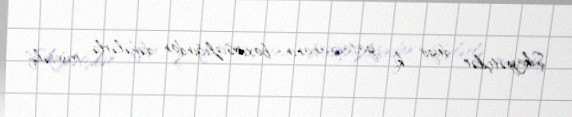
Şikayətçilər deyir ki, yataqxananın baxımsızlığından dəfələrlə müxtəlif